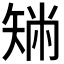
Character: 𥏟